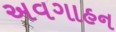
અવગાહન